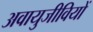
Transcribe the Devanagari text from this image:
अवायुजीवियों